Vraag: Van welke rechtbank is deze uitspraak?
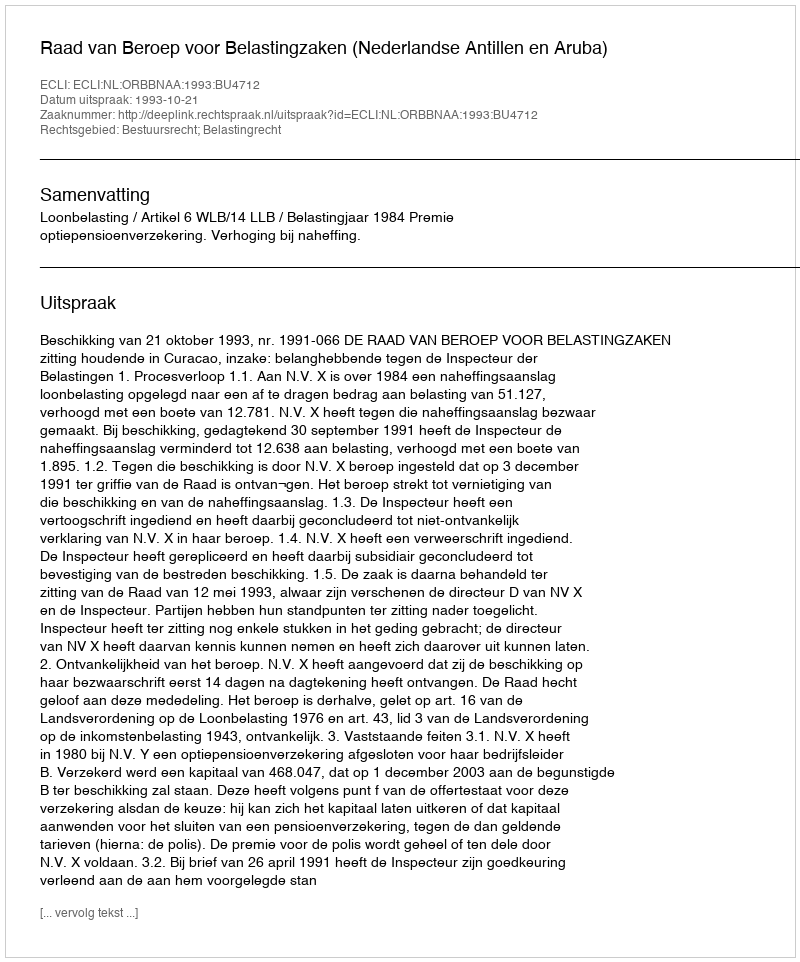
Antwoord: Raad van Beroep voor Belastingzaken (Nederlandse Antillen en Aruba)